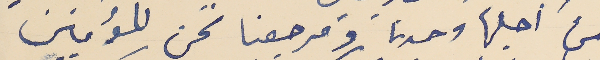
من اجلها وحدنا ومرجعنا نحن المؤمنين